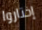
إختاروا